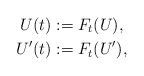
LaTeX: \begin{align*}U(t)&:=F_t(U),\\U'(t)&:=F_t(U'),\end{align*}